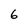
Character: 6